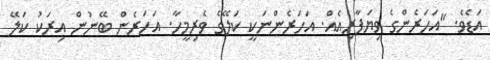
އަޑެވެ. "އަހަރެންގެ ވިޔަފާރިއެއް. އަހަރެންނަކީ ކަލޭގެ ވެރިމީހާ. އަހަރެން ބޭނުން އިރަކު ކަލޭ